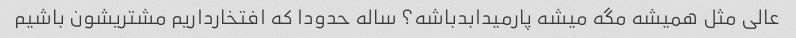
عالی مثل همیشه مگه میشه پارمیدابدباشه؟ ساله حدودا که افتخارداریم مشتریشون باشیم